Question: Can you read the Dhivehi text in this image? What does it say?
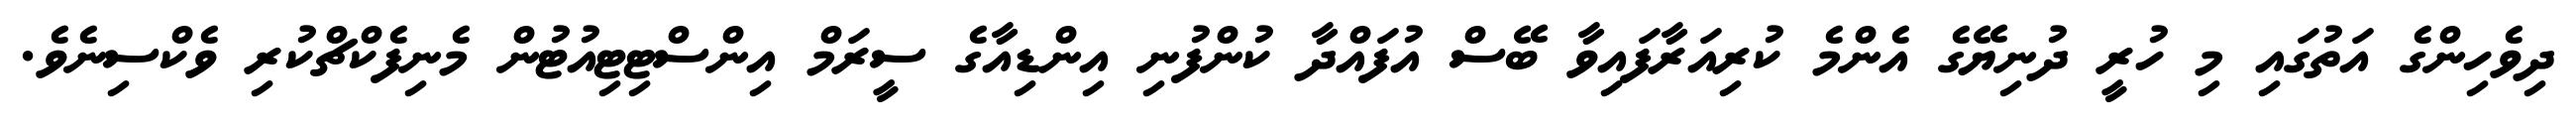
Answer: ދިވެހިންގެ އަތުގައި މި ހުރީ ދުނިޔޭގެ އެންމެ ކުރިއަރާފައިވާ ބޭސް އުފައްދާ ކުންފުނި އިންޑިއާގެ ސީރަމް އިންސްޓިޓިއުޓުން މެނިފެކްޗްކުރި ވެކްސިނެވެ.